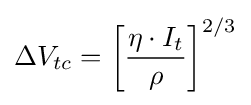
\Delta V_{tc}=\left[{\frac {\eta \cdot I_{t}}{\rho }}\right]^{2/3}